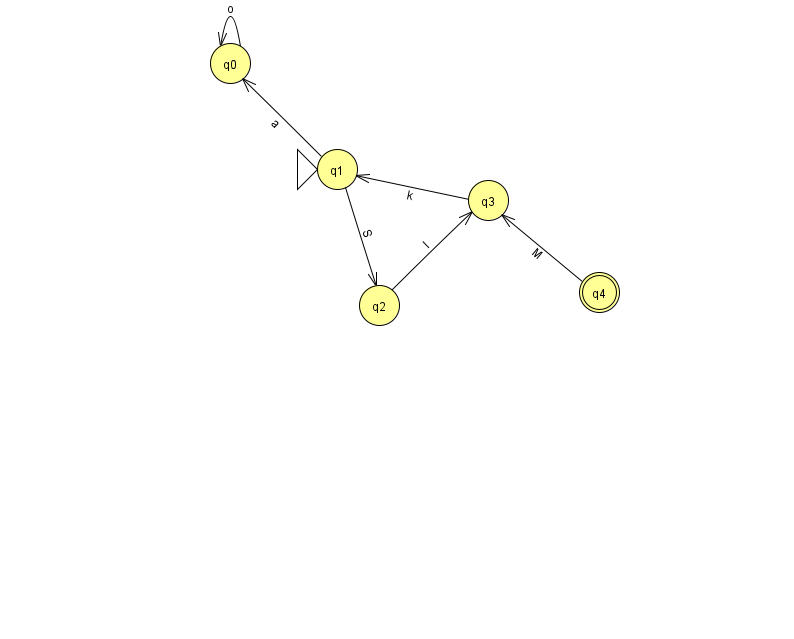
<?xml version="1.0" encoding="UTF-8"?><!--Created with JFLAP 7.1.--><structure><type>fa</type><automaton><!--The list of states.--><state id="0" name="q0"><x>230.0</x><y>50.0</y></state><state id="1" name="q1"><x>337.0</x><y>156.0</y><initial/></state><state id="2" name="q2"><x>379.0</x><y>292.0</y></state><state id="3" name="q3"><x>488.0</x><y>187.0</y></state><state id="4" name="q4"><x>599.0</x><y>279.0</y><final/></state><!--The list of transitions.--><transition><from>3</from><to>1</to><read>k</read></transition><transition><from>4</from><to>3</to><read>M</read></transition><transition><from>2</from><to>3</to><read>I</read></transition><transition><from>1</from><to>0</to><read>a</read></transition><transition><from>1</from><to>2</to><read>S</read></transition><transition><from>0</from><to>0</to><read>o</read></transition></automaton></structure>